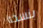
بنسخة